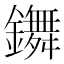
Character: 𨮧